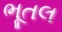
ભૂતલ